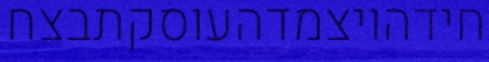
חידהויצמדהעוסקתבצח